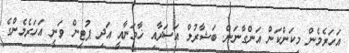
އަހަރެމެން މިކަންކަން އަންގާނަން. ބަޝާރުލް އަސަދާއި ޚާމަނާއީ އަދި ޕުޓިން ވަނީ އަހަރެމެންގެ